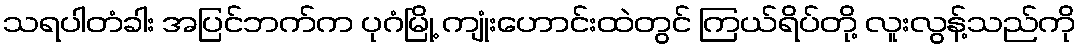
သရပါတံခါး အပြင်ဘက်က ပုဂံမြို့ ကျုံးဟောင်းထဲတွင် ကြယ်ရိပ်တို့ လူးလွန့်သည်ကို